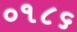
૦૧૮૬